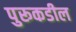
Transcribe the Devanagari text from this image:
पुरूकडील